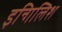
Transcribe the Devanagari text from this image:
इन्गिलिश